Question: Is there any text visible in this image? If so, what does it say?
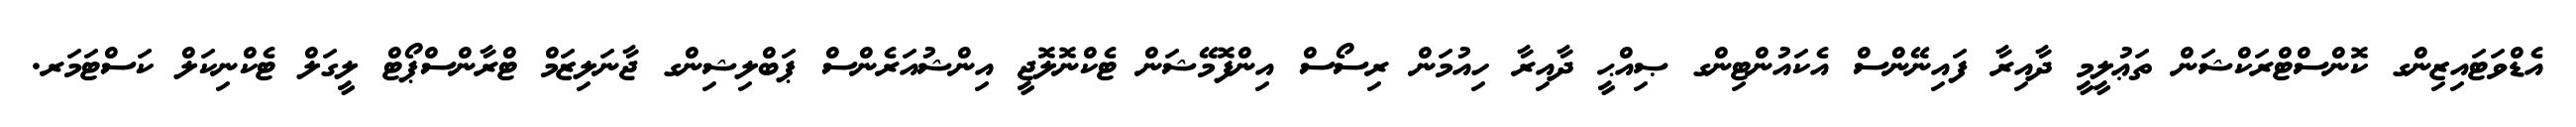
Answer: އެޑްވަޓައިޒިންގ ކޮންސްޓްރަކްޝަން ތަޢުލީމީ ދާއިރާ ފައިނޭންސް އެކައުންޓިންގ ޞިއްޙީ ދާއިރާ ހިއުމަން ރިސޯސް އިންފޮމޭޝަން ޓެކްނޮލޮޖީ އިންޝުއަރެންސް ޕަބްލިޝިންގ ޖާނަލިޒަމް ޓްރާންސްޕޯޓް ލީގަލް ޓެކްނިކަލް ކަސްޓަމަރ.